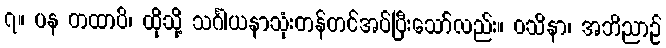
၇။ ပန တထာပိ၊ ထိုသို့ သင်္ဂါယနာသုံးတန်တင်အပ်ပြီးသော်လည်း။ ဝသိနာ၊ အဘိညာဉ်